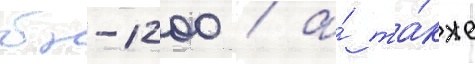
бн-1200 / а́ та́кже